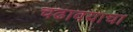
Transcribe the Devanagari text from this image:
चढावयाचा